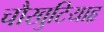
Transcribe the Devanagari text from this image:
चौखुटियाहृ